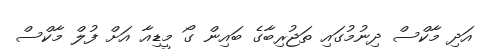
އަދި މާކްސް ދިނުމުގައި ތަޖުރިބާގެ ބައިން ގޯ މީޑިއާ އަށް ފުލް މާކްސް